Civil Veterinary Dept. Bombay admin report 1907-1913 - 1907-1913
Year: 1907
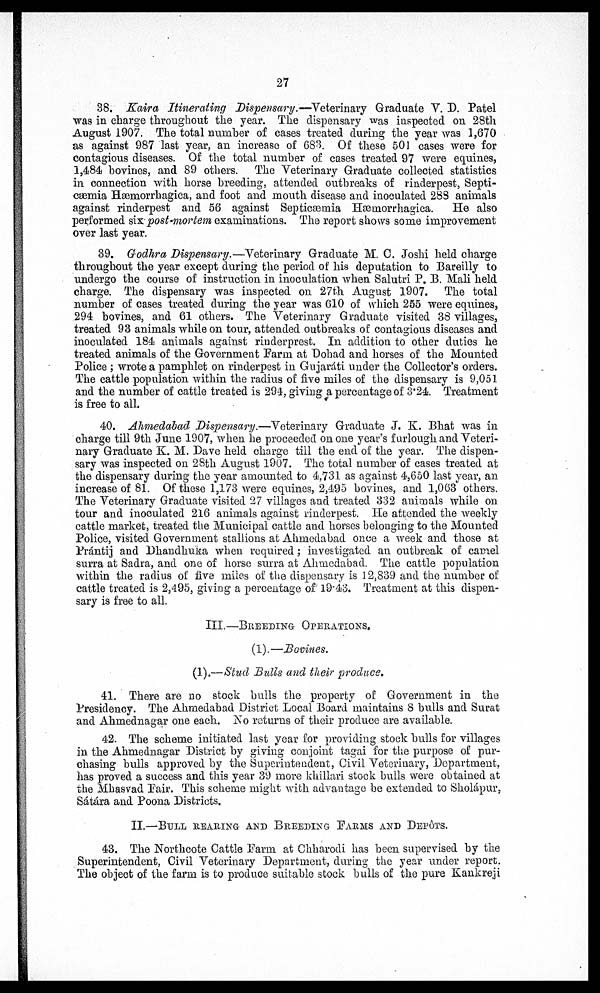
27
38. Kaira Itinerating Dispensary.—Veterinary Graduate V. D. Patel
was in charge throughout the year. The dispensary was inspected on 28th
August 1907. The total nuber of cases treated during the year was 1,670
as against 987 last year, an increase of 683. Of these 501 cases were for
contagious diseases. Of the total number of cases treated 97 were equines,
1,484) bovines, and 89 others. The Veterinary Graduate collected statistics
in connection with horse breeding, attended outbreaks of rinderpest, Septi-
cœemia Hæmorrhagica, and foot and mouth disease and inoculated 283 animals
against rinderpest and 56 against Septicænia Hæmorrhagica.
He also
performed six-post-mortem examinations. The report shows some improvement
over last year.
39. Godhra Dispensary.—Veterinary Graduate M. 0. Joshi held charge
throughout the year except during the period of his deputation to Bareilly to
undergo the course of instruction in inoculation when Salutri P. B. Mali held
charge. The dispensary was inspected on 27th August 1907. The total
number of cases treated during the year was 610 of which 255 were equines,
294 bovines, and 61 others. The Veterinary Graduate visited 38 villages,
treated 93 animals while on tour, attended outbreaks of contagious diseases and
inoculated 184 animals against rinderprest. In addition to other duties he
treated animals of the Government Farm at Dohad and horses of the Mounted
Police; wrote a pamphlet on rinderpest in Gnjaráti under the Collector's orders.
The cattle population within the radius of five miles of the dispensary is 9,051
and the number of cattle treated is 294, giving a percentage of 3.24. Treatment
is free to all.
40. Ahmedabad Dispensary.—Veterinary Graduate J. K. Bhat was in
charge till 9th June 1907, when he proceeded on one year's furlough and Veteri-
nary Graduate K. M. Dave held charge till the end of the year. The dispen-
sary was inspected on 28th August 1907. The total number of cases treated at
the dispensary during the year amounted to 4,731 as against 4,650 last year, an
increase of 81. Of these 1,173 were equines, 2,495 bovines, and 1,063 others.
The Veterinary Graduate visited 27 villages and treated 332 animals while on
tour and inoculated 216 animals against rinderpest. He attended the weekly
cattle market, treated the Municipal cattle and horses belonging to the Mounted
Police, visited Government stallions at Ahmedabad once a week and those at
Prántij and Dhandhuka when required; investigated an outbreak of camel
surra at Sadra, and one of horse surra at Ahmedabad. The cattle population
within the radius of five miles of the dispensary is 12,839 and the number of
cattle treated is 2,495, giving a percentage of 19.43. Treatment at this dispen-
sary is free to all.
III.—BREEDING OPERATIONS.
(1).—Bovines.
(1).—Stud Bulls and their produce.
41. There are no stock bulls the property of Government in the
Presidency. The Ahmedabad District Local Board maintains 8 bulls and Surat
and Ahmednagar one each. No returns of their produce are available.
42. The scheme initiated last year for providing stock bulls for villages
in the Ahmednagar District by giving conjoint tagai for the purpose of pur-
chasing bulls approved by the Superintendent, Civil Veterinary, Department,
has proved a success and this year 39 more khillari stock bulls were obtained at
the Mhasvad Pair. This scheme might with advantage be extended to Sholápur,
Sátárá and Poona Districts.
II.—BULL HEARING AND BREEDING FARMS AND DEPOTS.
43. The Northcote Cattle Farm at Chharodi has been supervised by the
Superintendent, Civil Veterinary Department, during the year under report.
The object of the farm is to produce suitable stock bulls of the pure Kankreji